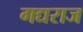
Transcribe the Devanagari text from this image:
गद्यराज